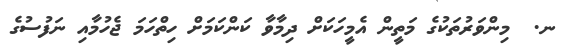
ނ.  މިންވަރުތަކުގެ މަތީން އެމީހަކަށް ދިމާވާ ކަންކަމަށް ހިތްހަމަ ޖެހުމާއި ނަފުސުގެ